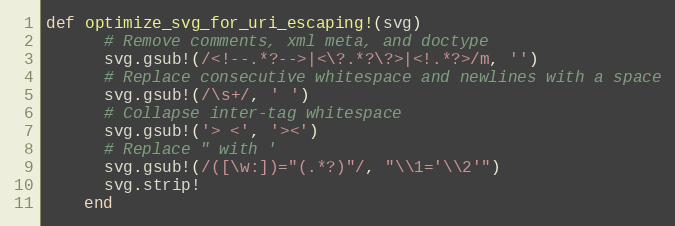
Language: Ruby
def optimize_svg_for_uri_escaping!(svg)
      # Remove comments, xml meta, and doctype
      svg.gsub!(/<!--.*?-->|<\?.*?\?>|<!.*?>/m, '')
      # Replace consecutive whitespace and newlines with a space
      svg.gsub!(/\s+/, ' ')
      # Collapse inter-tag whitespace
      svg.gsub!('> <', '><')
      # Replace " with '
      svg.gsub!(/([\w:])="(.*?)"/, "\\1='\\2'")
      svg.strip!
    end